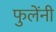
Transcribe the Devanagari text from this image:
फुलेंनी